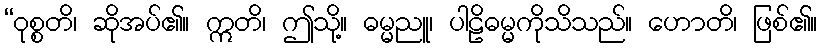
“ဝုစ္စတိ၊ ဆိုအပ်၏။ ဣတိ၊ ဤသို့။ ဓမ္မညူ၊ ပါဠိဓမ္မကိုသိသည်။ ဟောတိ၊ ဖြစ်၏။